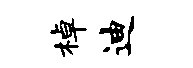
棹迪